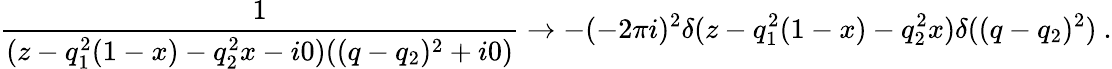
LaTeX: \frac{1}{(z-q_{1}^{2}(1-x)-q_{2}^{2}x-i0)((q-q_{2})^{2}+i0)}\rightarrow-(-2\pi i)^{2}\delta(z-q_{1}^{2}(1-x)-q_{2}^{2}x)\delta((q-q_{2})^{2})~.